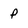
Character: p